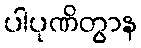
ပါပုဏိတွာန